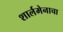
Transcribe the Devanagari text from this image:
शार्लमेनाचा